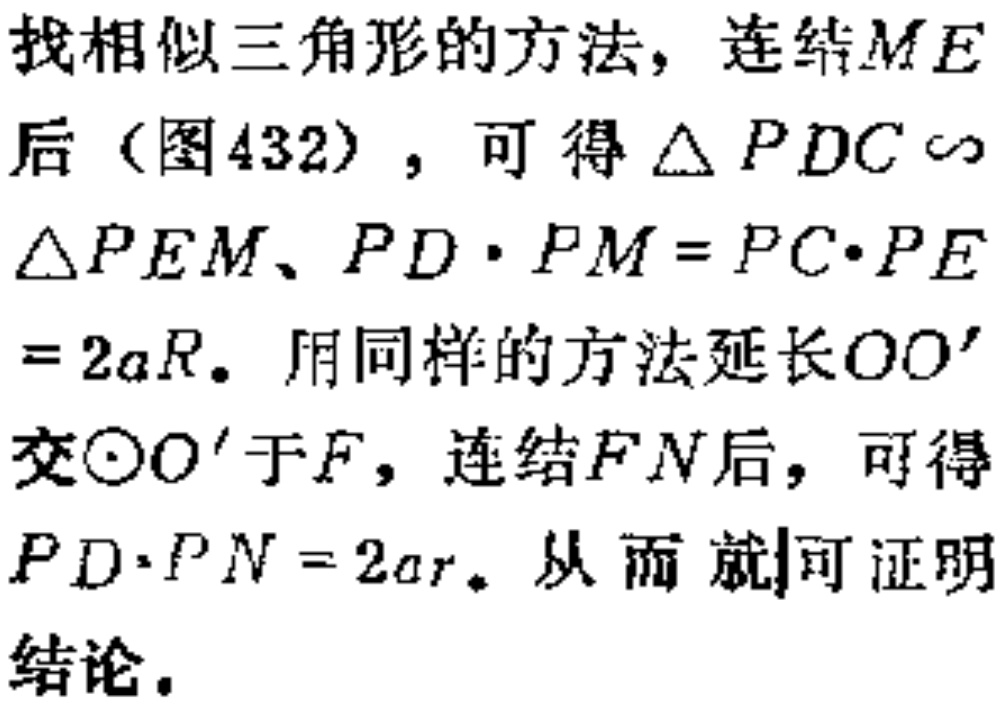
找相似三角形的方法，连结\(ME\)后（图432），可得\(\triangle PDC \sim \triangle PEM\)、\(PD\cdot PM = PC\cdot PE= 2aR\)。用同样的方法延长\(OO'\)交\(\odot O'\)于\(F\)，连结\(FN\)后，可得\(PD\cdot PN = 2ar\)。从而就可证明结论。